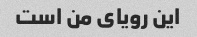
این رویای من است